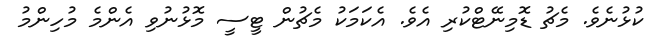
ކުޅުނެވެ. މެޗު ޑޮމިނޭޓްކުރި އެވެ. އެކަމަކު މެޗުން ޓީސީ މޮޅުނުވި އެންމެ މުހިންމު